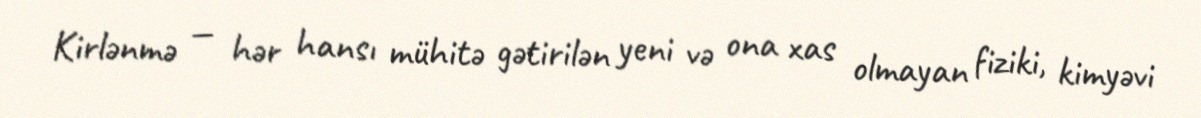
Kirlənmə — hər hansı mühitə gətirilən yeni və ona xas olmayan fiziki, kimyəvi